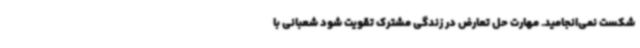
شکست نمی‌انجامید. مهارت حل تعارض در زندگی مشترک تقویت شود شعبانی با